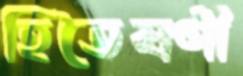
হিতৈষণী